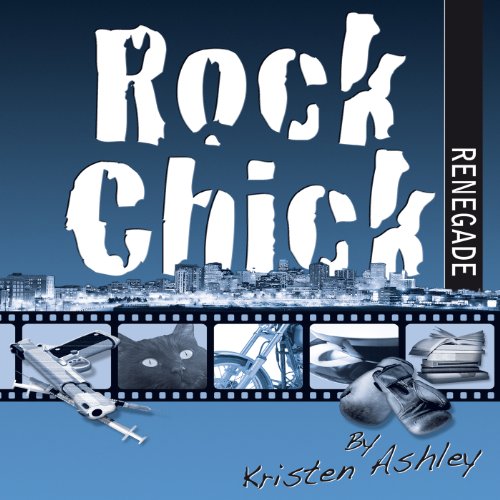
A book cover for Rock Chick Renegade; Kristen Ashley; Romance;